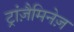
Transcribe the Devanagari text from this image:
ट्रांज़ैमिनेज़